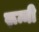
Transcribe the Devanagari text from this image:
रून्नी